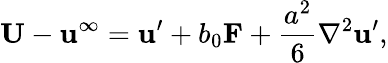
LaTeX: \mathbf{U}-\mathbf{u}^{\infty}=\mathbf{u}^{\prime}+b_{0}\mathbf{F}+{\frac{a^{2}}{6}}\nabla^{2}\mathbf{u}^{\prime},